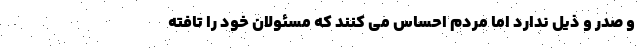
و صدر و ذیل ندارد اما مردم احساس می کنند که مسئولان خود را تافته